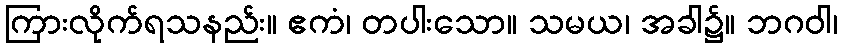
ကြားလိုက်ရသနည်း။ ဧကံ၊ တပါးသော။ သမယ၊ အခါ၌။ ဘဂဝါ၊